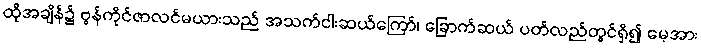
ထိုအချိန်၌ ဗွန်ကိုင်ဇာလင်မယားသည် အသက်ငါးဆယ်ကြော်၊ ခြောက်ဆယ် ပတ်လည်တွင်ရှိ၍ မေ့အား